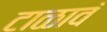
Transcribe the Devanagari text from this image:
टाळावं